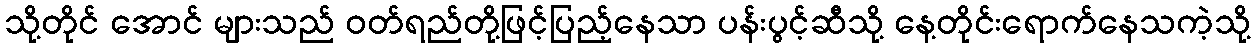
သို့တိုင် အောင် များသည် ဝတ်ရည်တို့ဖြင့်ပြည့်နေသာ ပန်းပွင့်ဆီသို့ နေ့တိုင်းရောက်နေသကဲ့သို့